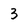
Character: 3